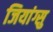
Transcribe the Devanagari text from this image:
जियांग्सु